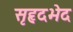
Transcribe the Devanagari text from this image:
सृहृदभेद